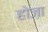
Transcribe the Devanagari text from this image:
होज़ा